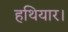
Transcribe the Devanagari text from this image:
हथियार।